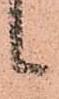
候